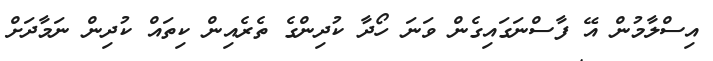
އިސްލާމުން އޭ ފާސްނަގައިގެން ވަނަ ހޯދާ ކުދިންގެ ތެރެއިން ކިތައް ކުދިން ނަމާދަށް